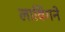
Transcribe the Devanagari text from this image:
लाविंगने